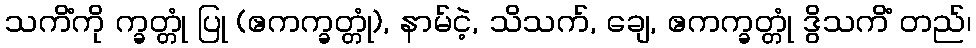
သကိံကို က္ခတ္တုံ ပြု (ဧကက္ခတ္တုံ), နာမ်ငဲ့, သိသက်, ချေ, ဧကက္ခတ္တုံ ဒွိသကိံ တည်၊